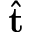
\hat { \bf t }